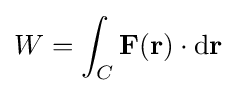
W=\int _{C}\mathbf {F} (\mathbf {r} )\cdot \mathrm {d} \mathbf {r}